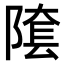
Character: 𨻝